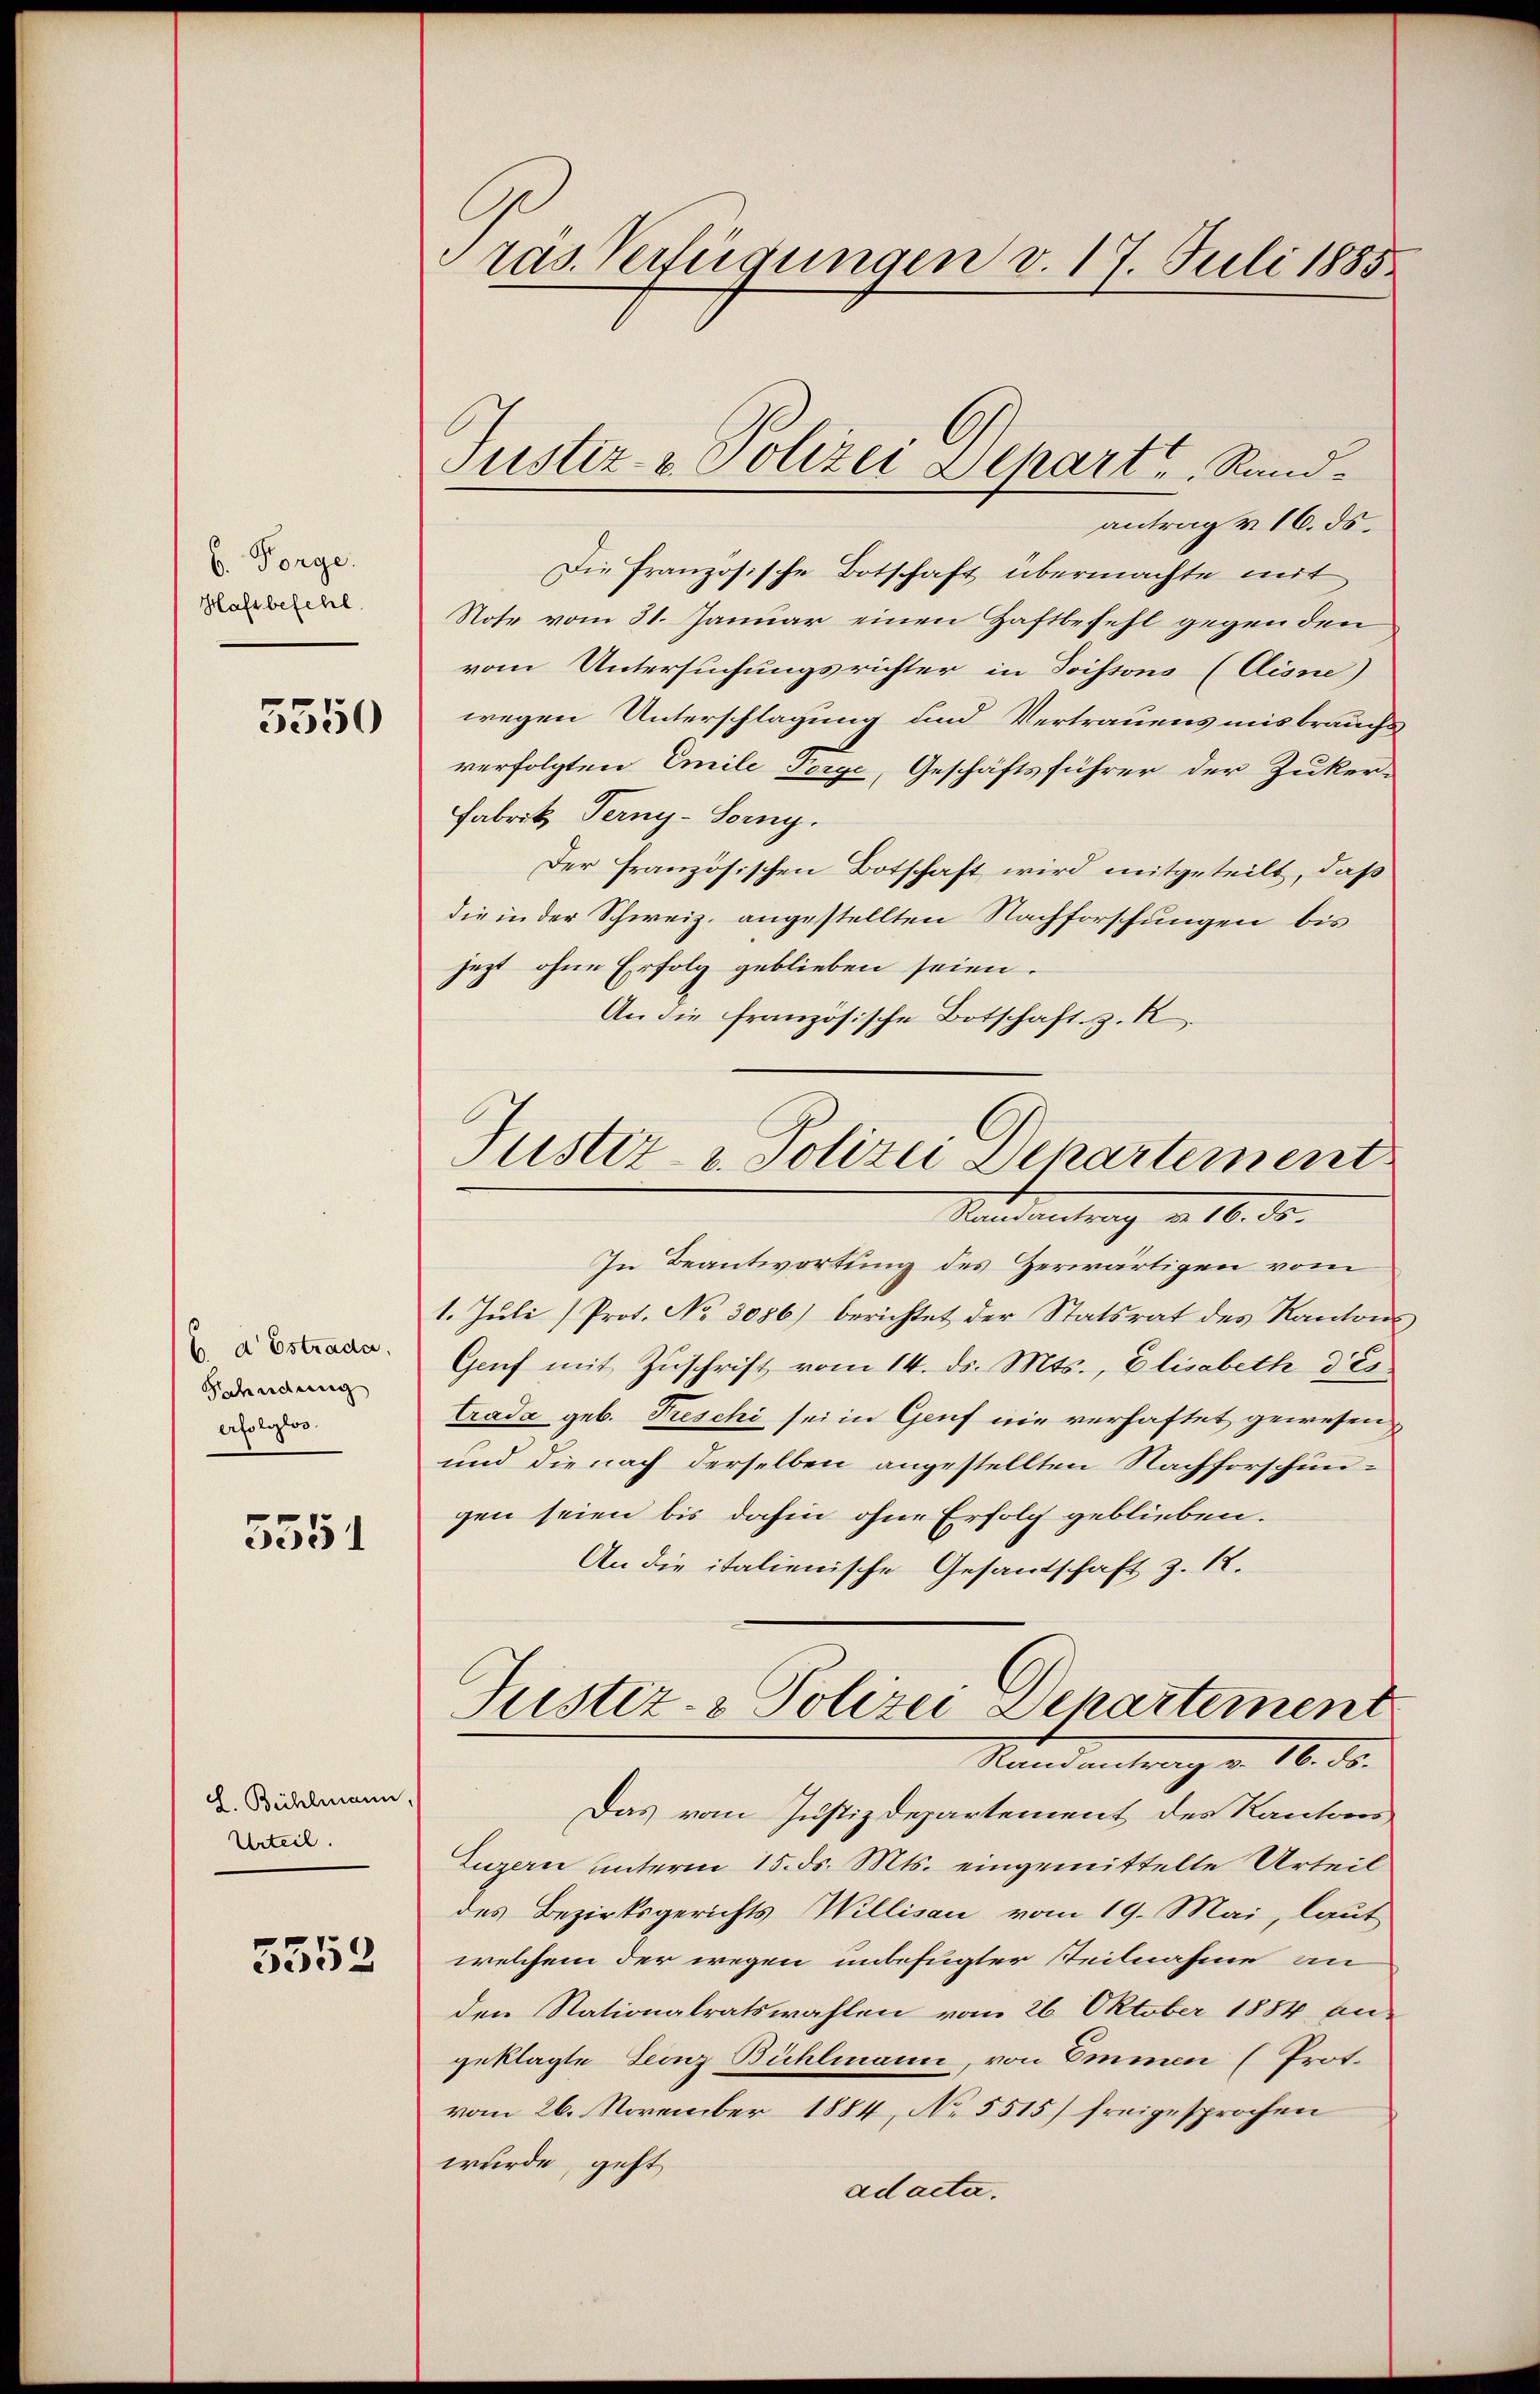
6. Vorge.
Hafsbefehl

5550

b. d Estrada,
Fahndung
erfolglos.

5551

L. Bühlmann
Urteil.

5552

Pras. Verfügungen v. 17. Juli 1885

Justiz- & Polizei Depart, Rand¬

antrag & 16. ds.
Die Französische Botschaft übermachte mit
Note vom 31. Januar einen Haftbefehl gegen den
vom Untersuchungsrichter in Tissons (Aisne)
wegen Unterschlagung und Vertrauens misbrauchs
verfolgten Emile Perge, Geschäftsführer der Zuker-
Fabrik Terny-Forny.
Der französischen Botschaft wird mitgeteilt, daß
die in der Schweiz. angestellten Nachforschungen bis
jezt ohne Erfolg geblieben seien.
An die französische Botschaft z. R
In Beantwortung des Zerwärtigen vom
1. Juli (Prot. No 3086) berichtet der Statsrat des Kantons
Genf mit Zuschrift vom 14. ds. Mts., Elisabeth des
trada geb. Preschi sei in Genf nie verhaftet gewesen
und die nach derselben angestellten Nachforschungen seien bis dahin ohne Erfolg geblieben.
An die italienische Gesandschaft z. 12.
Justiz- & Polizei Departement
Standentrag v. 18. ds.
Das vom Justizdepartement des Kantons
Luzern unterm 15. ds. Mts. eingemittelte Urteil
des Bezirksgerichts Willisau vom 19. Mai, laut
welchem der wegen unbefugter Steilnahme an
den Stationalratswahlen vom 26. Oktober 1884 an-
geklagte Leonz Bühlmann, von Emmen (Prot.
vom 26. November 1884, No 5515) freigesprochen
wurde, geht
adacta.

Justiz- u. Polizei Departement
Sand mitung v. 16. ds.